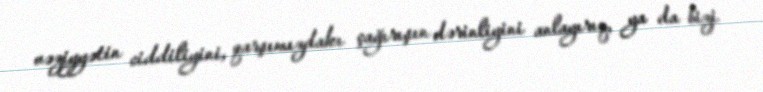
vəziyyətin ciddiliyini, qarşımızdakı çağırışın dərinliyini anlayırıq, ya da bizi